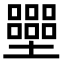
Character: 𡓿